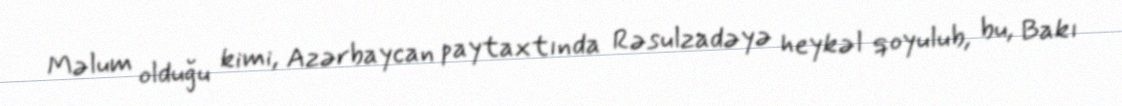
Məlum olduğu kimi, Azərbaycan paytaxtında Rəsulzadəyə heykəl qoyulub, bu, Bakı